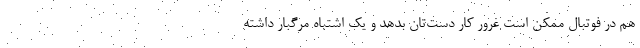
هم در فوتبال ممکن است غرور کار دست‌تان بدهد و یک اشتباه مرگبار داشته